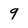
Character: 9